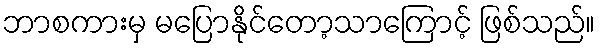
ဘာစကားမှ မပြောနိုင်တော့သာကြောင့် ဖြစ်သည်။